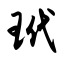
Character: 玳